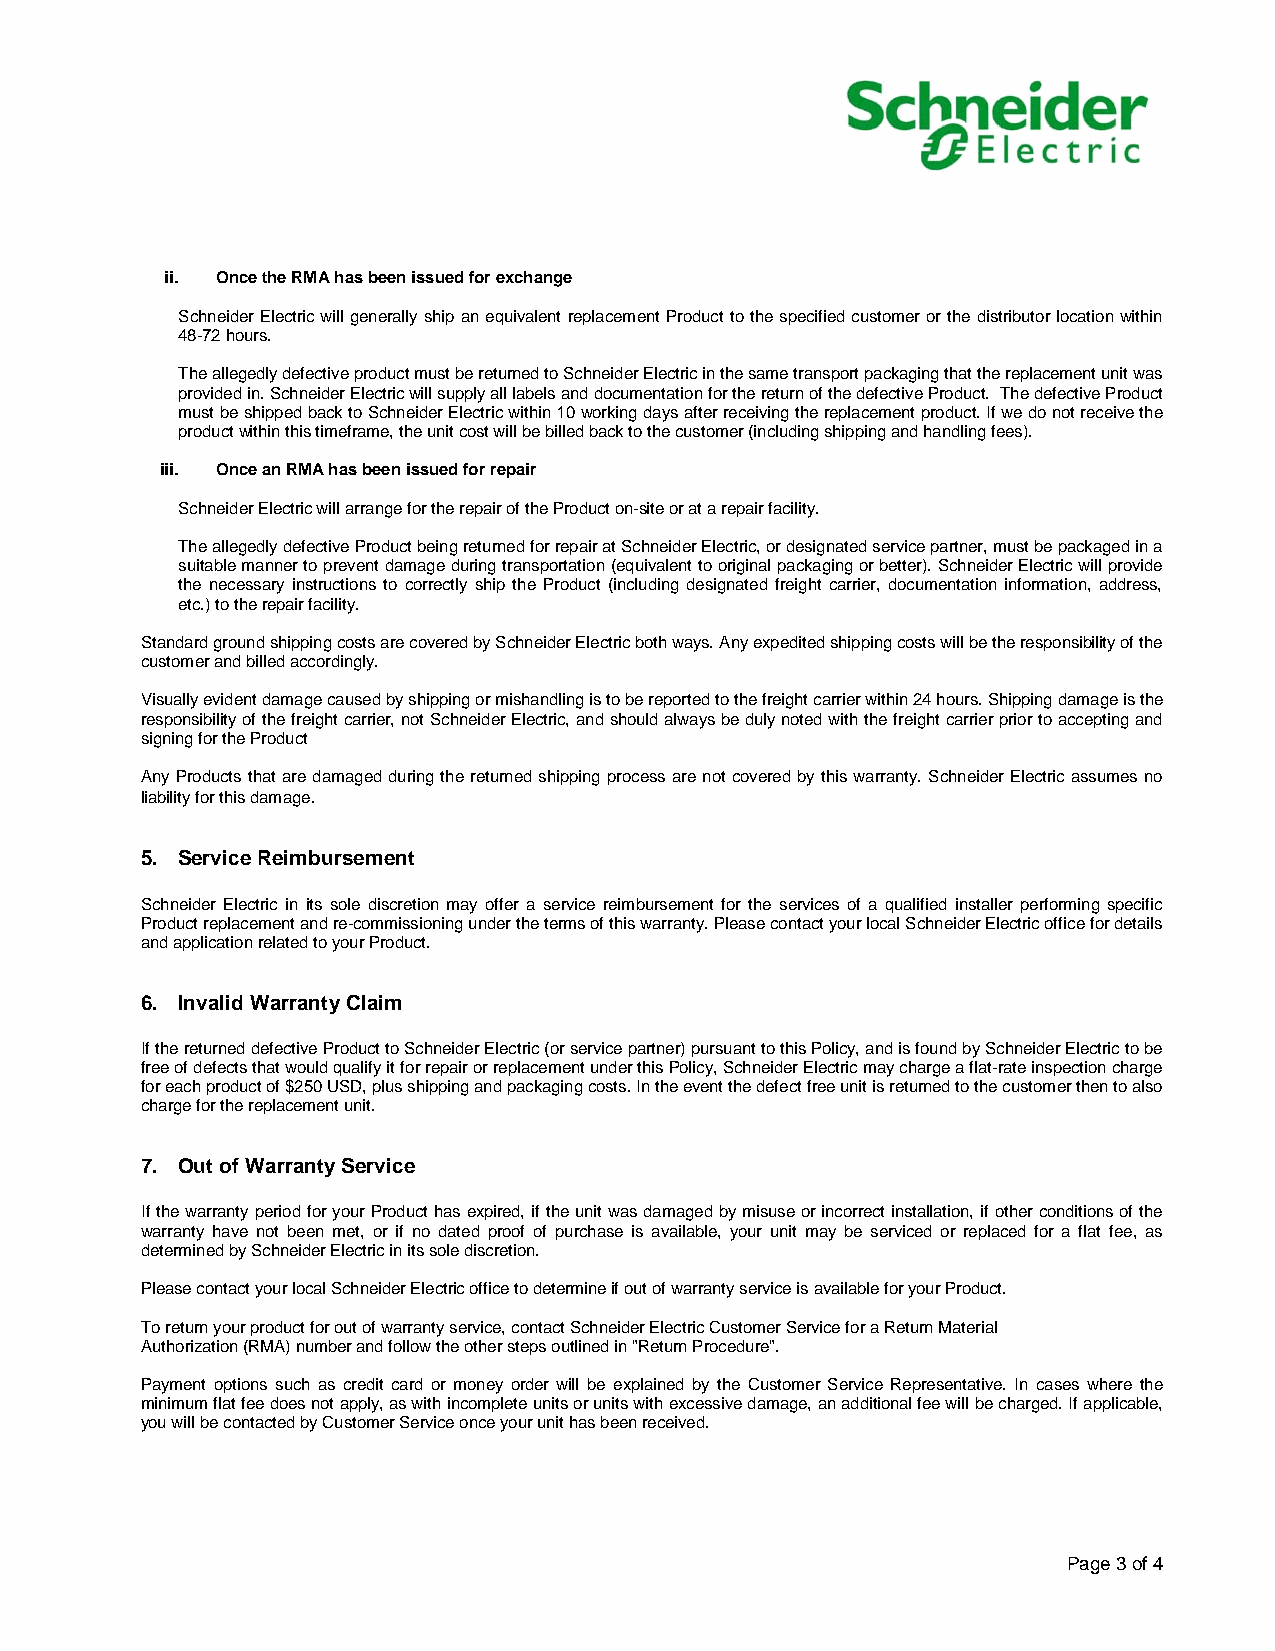
ii. Once the RMA has been issued for exchange
 Schneider Electric will generally ship an equivalent replacement Product to the specified customer or the distributor location within
 48-72 hours.
 The allegedly defective product must be returned to Schneider Electric in the same transport packaging that the replacement unit was
 provided in. Schneider Electric will supply all labels and documentation for the return of the defective Product. The defective Product
 must be shipped back to Schneider Electric within 10 working days after receiving the replacement product. If we do not receive the
 product within this timeframe, the unit cost will be billed back to the customer (including shipping and handling fees).
 iii. Once an RMA has been issued for repair
 Schneider Electric will arrange for the repair of the Product on-site or at a repair facility.
 The allegedly defective Product being returned for repair at Schneider Electric, or designated service partner, must be packaged in a
 suitable manner to prevent damage during transportation (equivalent to original packaging or better). Schneider Electric will provide
 the necessary instructions to correctly ship the Product (including designated freight carrier, documentation information, address,
 etc.) to the repair facility.
 Standard ground shipping costs are covered by Schneider Electric both ways. Any expedited shipping costs will be the responsibility of the
 customer and billed accordingly.
 Visually evident damage caused by shipping or mishandling is to be reported to the freight carrier within 24 hours. Shipping damage is the
 responsibility of the freight carrier, not Schneider Electric, and should always be duly noted with the freight carrier prior to accepting and
 signing for the Product
 Any Products that are damaged during the returned shipping process are not covered by this warranty. Schneider Electric assumes no
 liability for this damage.
 5. Service Reimbursement
 Schneider Electric in its sole discretion may offer a service reimbursement for the services of a qualified installer performing specific
 Product replacement and re-commissioning under the terms of this warranty. Please contact your local Schneider Electric office for details
 and application related to your Product.
 6. Invalid Warranty Claim
 If the returned defective Product to Schneider Electric (or service partner) pursuant to this Policy, and is found by Schneider Electric to be
 free of defects that would qualify it for repair or replacement under this Policy, Schneider Electric may charge a flat-rate inspection charge
 for each product of $250 USD, plus shipping and packaging costs. In the event the defect free unit is returned to the customer then to also
 charge for the replacement unit.
 7. Out of Warranty Service
 If the warranty period for your Product has expired, if the unit was damaged by misuse or incorrect installation, if other conditions of the
 warranty have not been met, or if no dated proof of purchase is available, your unit may be serviced or replaced for a flat fee, as
 determined by Schneider Electric in its sole discretion.
 Please contact your local Schneider Electric office to determine if out of warranty service is available for your Product.
 To return your product for out of warranty service, contact Schneider Electric Customer Service for a Return Material
 Authorization (RMA) number and follow the other steps outlined in "Return Procedure".
 Payment options such as credit card or money order will be explained by the Customer Service Representative. In cases where the
 minimum flat fee does not apply, as with incomplete units or units with excessive damage, an additional fee will be charged. If applicable,
 you will be contacted by Customer Service once your unit has been received.
 Page 3 of 4